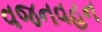
વજનવહન